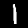
Label: 1